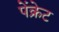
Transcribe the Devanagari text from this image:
पेंक्रेट